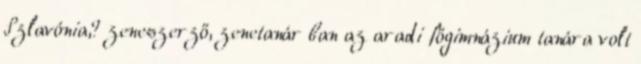
Szlavónia,? zeneszerző, zenetanár ban az aradi főgimnázium tanára volt